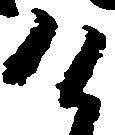
け